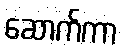
ဆောက်ကာ